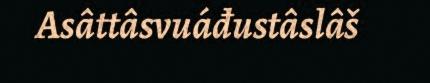
Asâttâsvuáđustâslâš